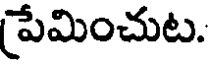
ప్రేమించుట.